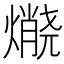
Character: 𱬘